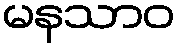
မနသာဝ